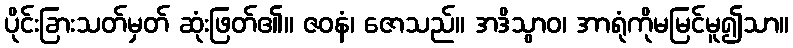
ပိုင်းခြားသတ်မှတ် ဆုံးဖြတ်၏။ ဇဝနံ၊ ဇောသည်။ အဒိသွာဝ၊ အာရုံကိုမမြင်မူ၍သာ။